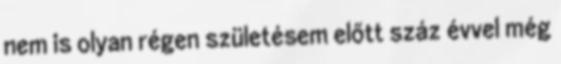
nem is olyan régen születésem előtt száz évvel még